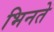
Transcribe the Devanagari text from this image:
भिनते